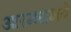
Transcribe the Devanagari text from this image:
आरम्भाभवे